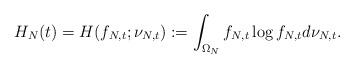
\begin{align*} H_N (t) = H (f_{N,t}; \nu_{N,t}) := \int_{\Omega_N} f_{N,t}\log f_{N,t} d\nu_{N,t}.\end{align*}